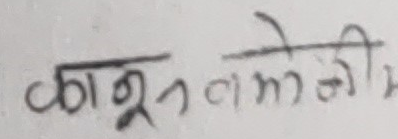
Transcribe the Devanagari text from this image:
कानून तेमाजी